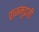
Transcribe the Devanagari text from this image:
राजमुद्राही